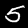
Digit: 5